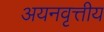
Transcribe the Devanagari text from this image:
अयनवृत्तीय